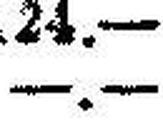
—.—